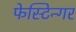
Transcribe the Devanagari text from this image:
फेस्टिन्गर